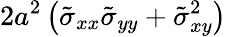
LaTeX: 2a^{2}\left(\tilde{\sigma}_{xx}\tilde{\sigma}_{yy}+\tilde{\sigma}_{xy}^{2}\right)